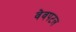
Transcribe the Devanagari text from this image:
वेवपटल